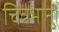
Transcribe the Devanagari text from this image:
चित्रभानु।